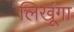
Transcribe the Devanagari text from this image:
लिखूंगा